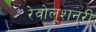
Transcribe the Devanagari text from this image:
रेवोलूशनरी